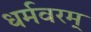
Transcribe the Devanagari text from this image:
धर्मवरम्